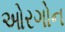
ઓરગોન